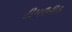
ટીમઉરીડ